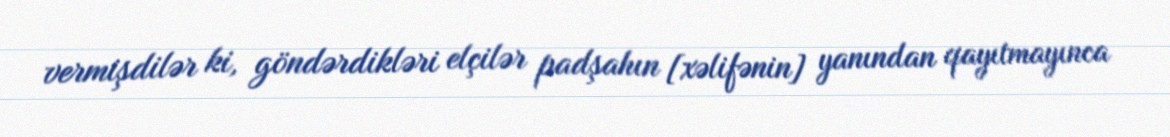
vermişdilər ki, göndərdikləri elçilər padşahın [xəlifənin] yanından qayıtmayınca